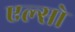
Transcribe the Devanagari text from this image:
एल्सो